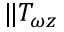
\| T _ { \omega z }